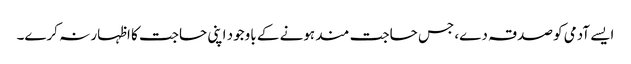
ایسے آدمی کو صدقہ دے، جس حاجت مند ہونے کے باوجود اپنی حاجت کا اظہار نہ کرے۔